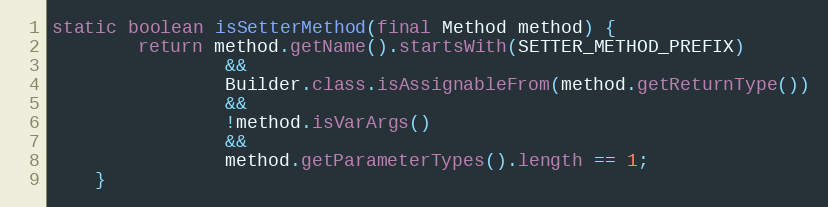
Language: Java
static boolean isSetterMethod(final Method method) {
        return method.getName().startsWith(SETTER_METHOD_PREFIX)
                &&
                Builder.class.isAssignableFrom(method.getReturnType())
                &&
                !method.isVarArgs()
                &&
                method.getParameterTypes().length == 1;
    }